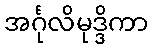
အင်္ဂုလိမုဒ္ဒိကာ